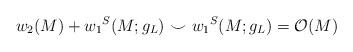
LaTeX: \begin{align*}w_{2}(M) + {w_{1}}^S(M;g_{L})~{\smile}~{w_{1}}^S(M;g_{L}) = {\cal O}(M)\end{align*}